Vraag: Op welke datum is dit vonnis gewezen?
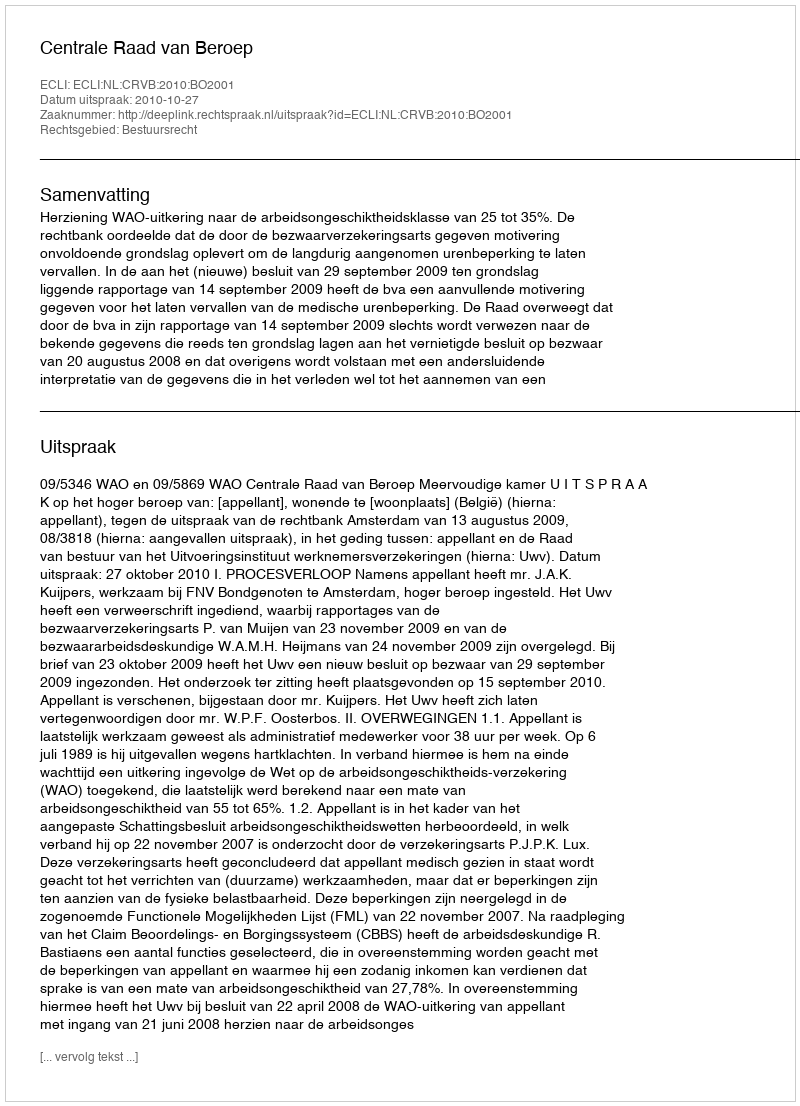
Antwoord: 2010-10-27